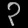
Digit: ၃